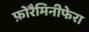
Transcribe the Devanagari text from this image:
फ़ोरैमिनीफेरा